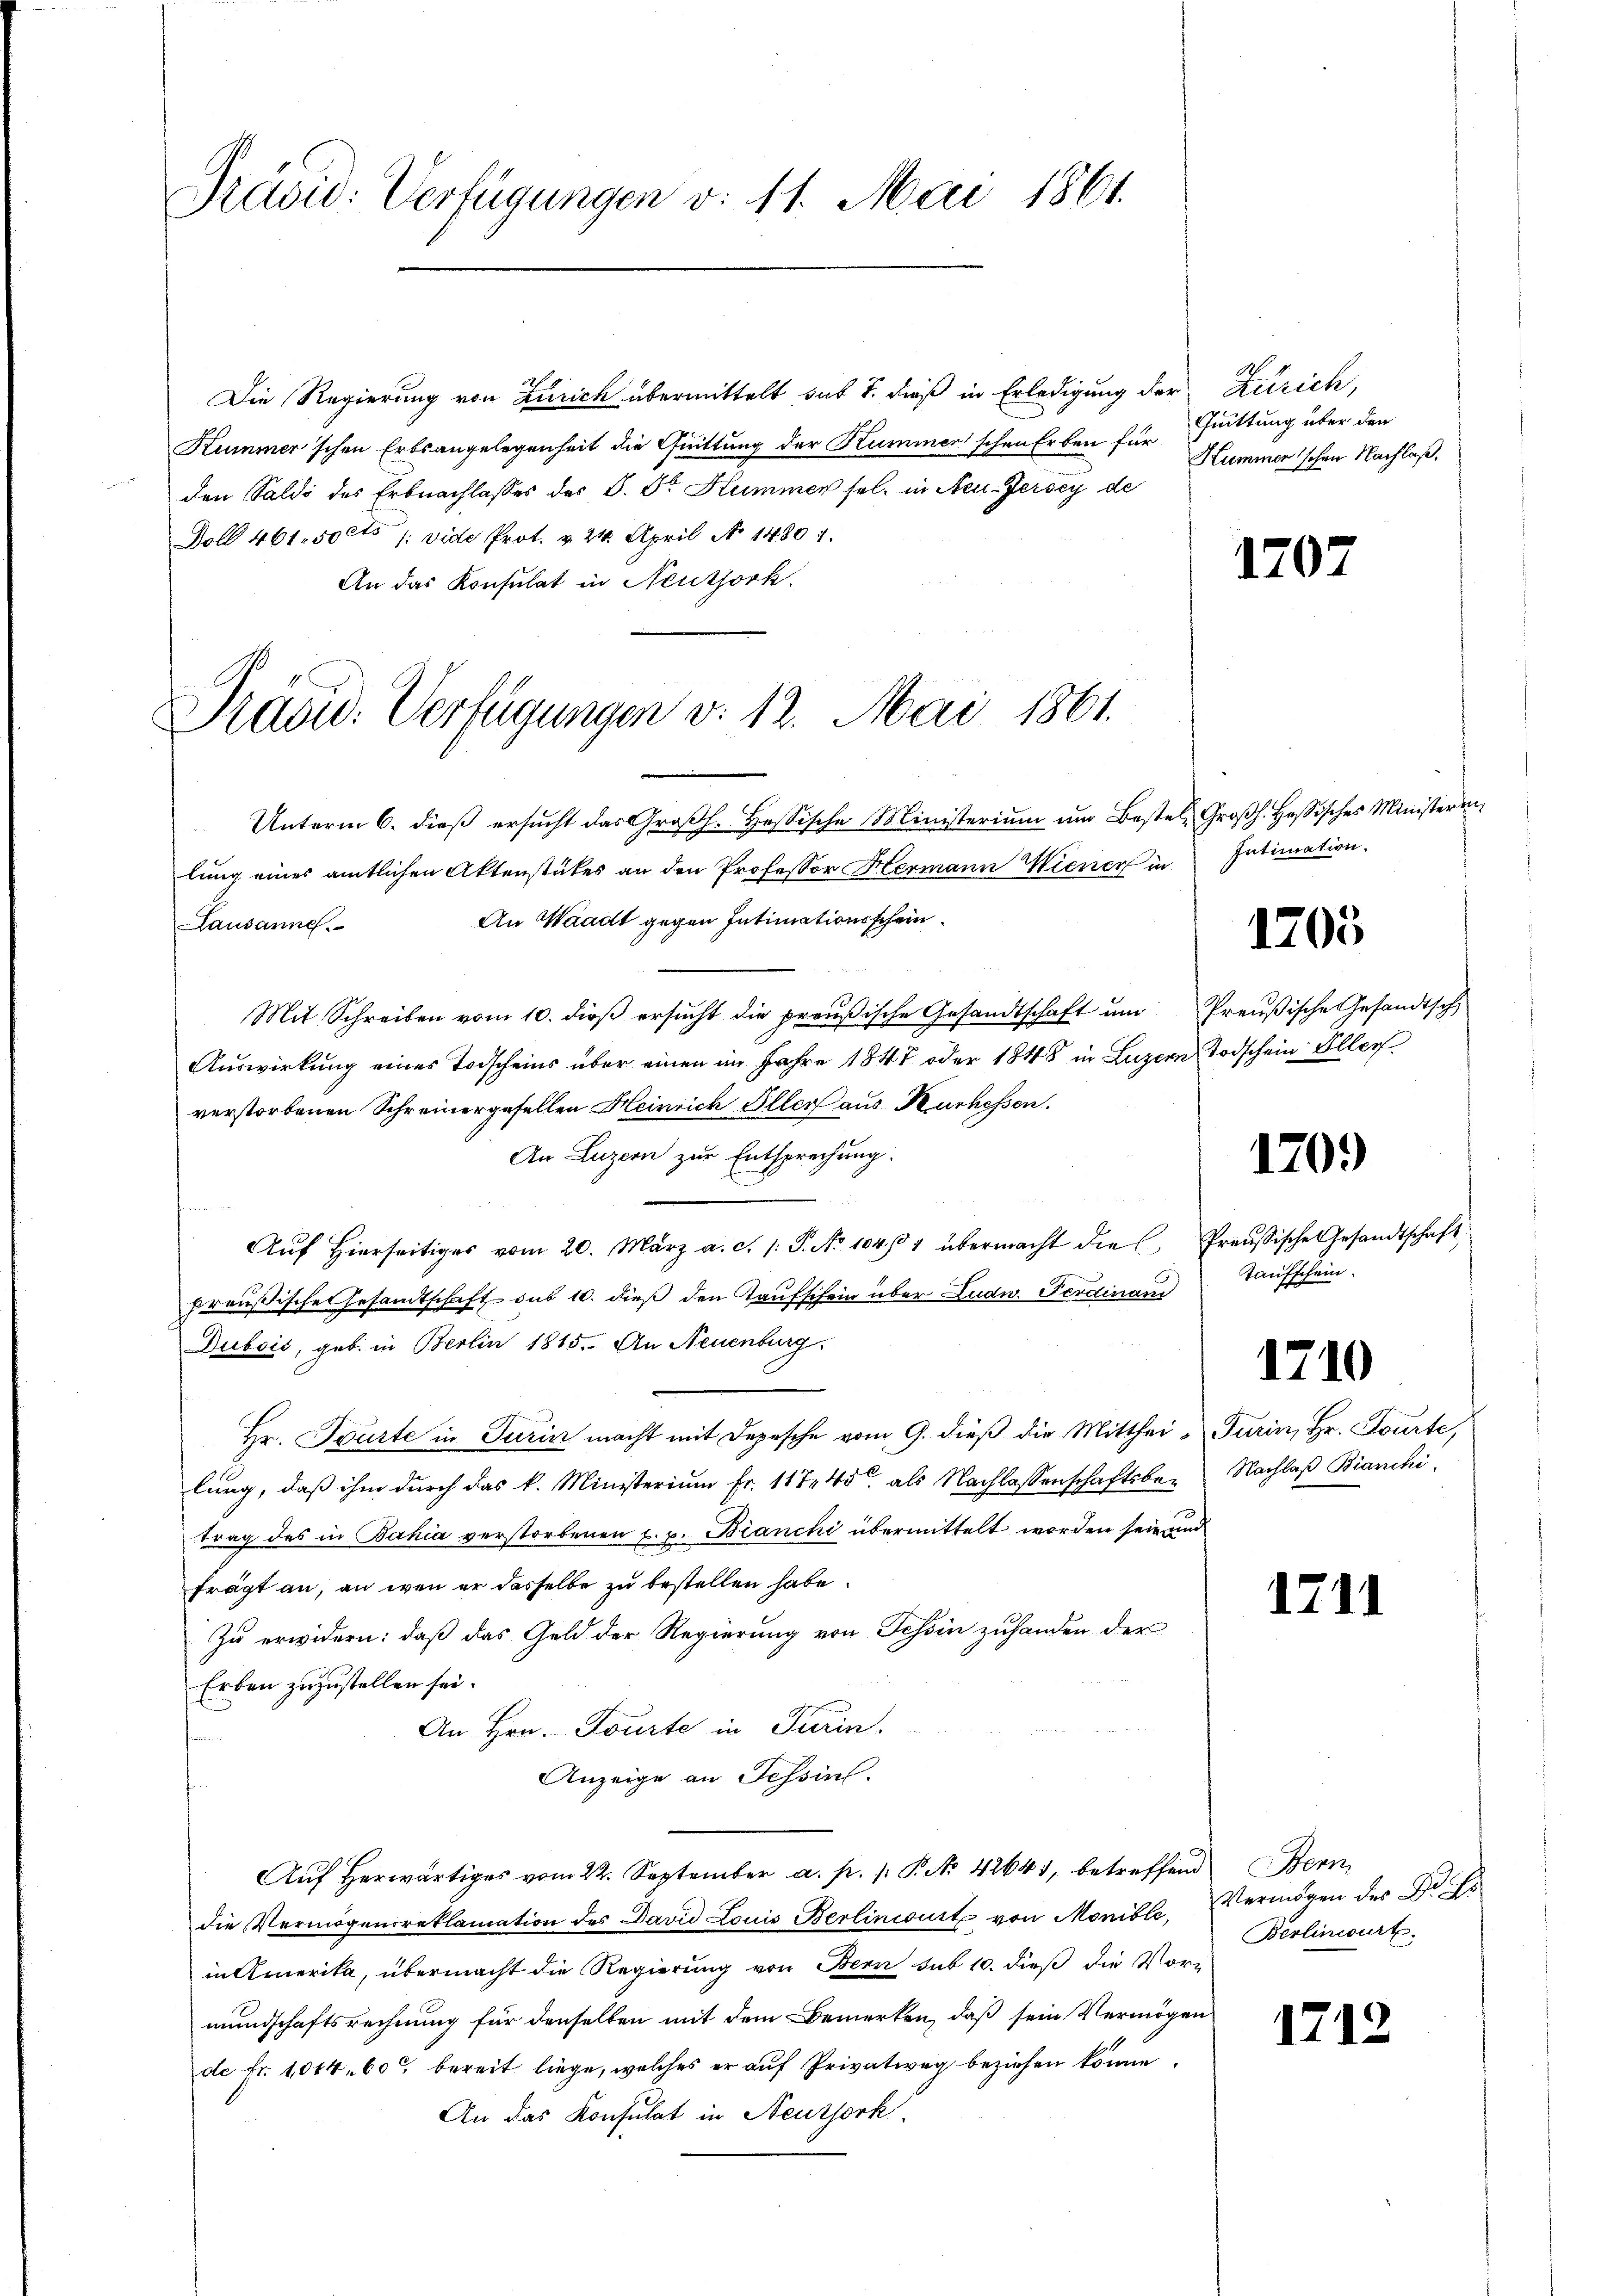
Präsid: Verfügungen v. 11. Mai 1861.

Die Regierung von Zürich übermittelt sub 1. dieß in Erledigung d
Kummer'schen Erbsangelegenheit die Quittung der Kummerschen Erben für Quittung über den
den Saldo des Erbnachlasses des S. Dr. Hummer sel. in Neu-Jersey de
Doll 461. 50ct /: vide Prot. v. 24. April No 1480 1.
An das Konsulat in Neutjörk.

Präsid. Verfügungen v. 12. Mai 1861.

der Zürich,
Kummer'schen Nachlaß,

Unterm 6. dieß ersucht das Großh. Hessische Ministerium um Bestel, Großh. Hessisches Ministeren
lung eines amtlichen Aktenstückes an den Professor Hermann Wiener in
An Waadt gegen Intimationsschein
Lausanne.
Mit Schreiben vom 10. dieβ ersŭcht die preußische Gesandtschaft ŭm Preußische Gesandtsch
Auswirkung eines Todscheins über einen im Jahre 1847 oder 1848 in Luzern Todschein Iller
verstorbenen Schreinergesellen Heinrich Eller aus Kurhessen.
An Luzern zur Entsprechung.
B
Aŭf Hierseitiges vom 20. März a. c. s. S. No 104/4 übermacht die Preussische Gesandtschaft
preußische Gesandtschaft sub 10. dieß den Taufschein über Ludw. Ferdinand
Dubois, geb. in Berlin 1815. An Neuenburg
Hr. Spürte in Turin macht mit Depesche vom 9. dieß die Mitthei- Turin, Hr. Tourte,
lung, daß ihm durch das k. Ministerium fr. 117 45 als Nachlassenschaftsbe-
trag des in Bahia verstorbenen u. p. Bianchi übermittelt worden sein und
frägt an, an wen er dasselbe zu bestellen habe.
Zu erwidern: daß das Geld der Regierung von Tessin zuhanden der
Erben zuzustellen sei.
An Hrn. Tourte in Turin.
Anzeige an Tessin.
Aŭf herwärtiges vom 22. September a. p. 1. P. Nr. 42641, betreffend Bern
die Vermögensreklamation des David Louis Berlincourt von Monible,
in Amerika, übermacht die Regierung von Bern sub 10. dieß die Vormundschaftsrechnung für denselben mit dem Bemerken, daß sein Vermögen
de Fr. 1014. 60 bereit liege, welches er auf Privatweg beziehen könne.
An das Konsulat in Neusserk

1

Intimation.

E

1703

120.)

Taufschein.

1710

Nachlaß Bianchi.

12

.

171

Vermögen des Dr. F
Berlinwurf.